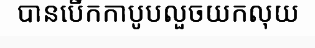
បានបើកកាបូបលួចយកលុយ